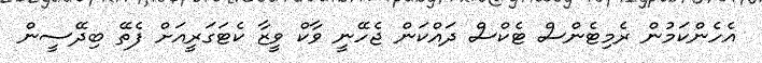
އެހެންކަމުން ރެމިޓެންސް ޓެކްސް ދައްކަން ޖެހޭނީ ވާކް ވީޒާ ކެޓަގަރީއަށް ފެތޭ ބިދޭސީން